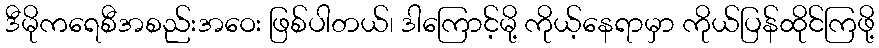
ဒီမိုကရေစီအစည်းအဝေး ဖြစ်ပါတယ်၊ ဒါကြောင့်မို့ ကိုယ့်နေရာမှာ ကိုယ်ပြန်ထိုင်ကြဖို့